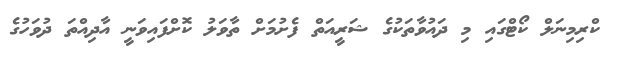
ކްރިމިނަލް ކޯޓްގައި މި ދައުވާތަކުގެ ޝަރީއަތް ފެށުމަށް ތާވަލު ކޮށްފައިވަނީ އާދިއްތަ ދުވަހުގެ